Report of the Hyderabad Chloroform Commission
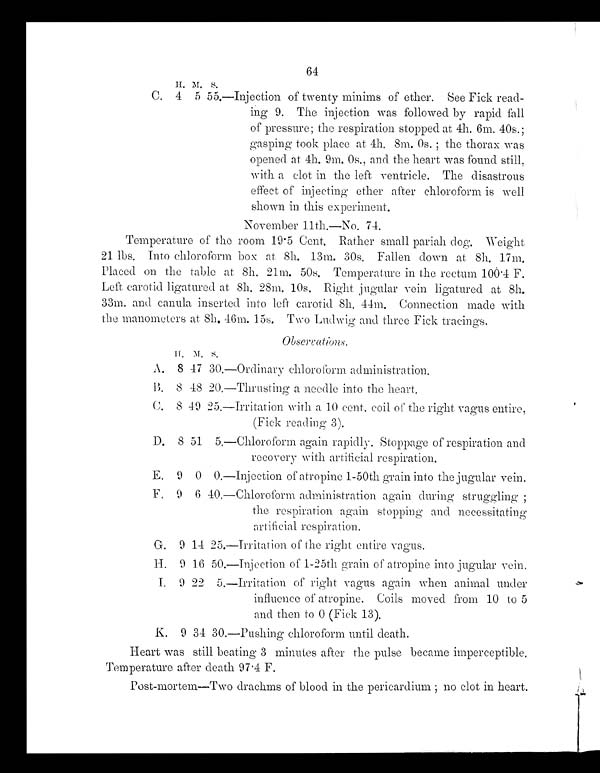
64
C. 4 5 55.—Injection of twenty minims of ether. See Fick read-
ing 9. The injection was followed by rapid fall
of pressure; the respiration stopped at 4h. 6m. 40s.;
gasping took place at 4h. 8m. 0s.;the thorax was
opened at 4h. 9m. 0s., and the heart was found still,
with a clot in the left ventricle. The disastrous
effect of injecting ether after chloroform is well
shown in this experiment.
November 11th.—No. 74.
Temperature of the room 19.5 Cent. Rather small pariah dog. Weight
21 lbs. Into chloroform box at. 8h. 13m. 30s. Fallen down at. 8h. 17m.
Placed on the table at 8h. 21m. 50s. Temperature in the rectum 100 .4 F.
Left, carotid ligatured at 8h. 28m. 10s. Right jugular vein ligatured at 8h.
33m. and canula inserted into left carotid 8h. 44m. Connection made with
the manometers at 8h. 46m. 15s. Two Ludwig and three Fick tracings.
Observations.
H . . M . . S .
A. 8 47 30.—Ordinary chloroform. administration.
B. 8 48 20.—Thrusting a needle into the heart.
C. 8 49 25.—Irritation with a 10 cent. coil of the right, vagus entire,
(Fick reading 3).
D.
D. 8 51 5. —Chl or of or m a ga i n r a pi dl y. St oppa ge of r e s pi r a t i on a nd
recovery with artificial respiration.
E.
9 0 0.—Injection of atropine 1-50th grain into the jugular vein.
F.
9 6 40.—Chloroform administration again during struggling
the respiration again stopping and necessitating
artificial respiration.
G. 9 14 25.—Irritation of the right entire vagus.
H. 9 16 50.—Injection of 1-25th grain of atropine into jugular vein.
I. 9 22 5.—Irritation of right vagus again when animal under
influence of atropine. Coils moved from 10 to 5
and then to 0 (Fick 13).
K . 9 3 4 3 0 . — P u s h i n g c h l o r o f o r m u n t i l d e a t h .
Heart was still beating 3 minutes after the pulse became imperceptible.
Temperature after death 97.4 F.
Post-mortem—Two drachms of blood in the pericardium ; no clot in heart.